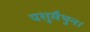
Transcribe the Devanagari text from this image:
पशुमैथुन।